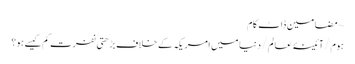
~ مضامین ڈاٹ کام
ہوم/آئینۂ عالم/دنیا میں امریکہ کے خلاف بڑھتی نفرت کم کیسے ہو؟